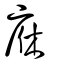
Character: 庥